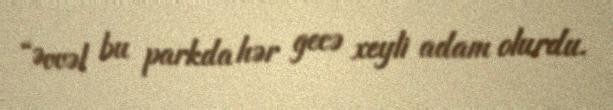
“Əvvəl bu parkda hər gecə xeyli adam olurdu.